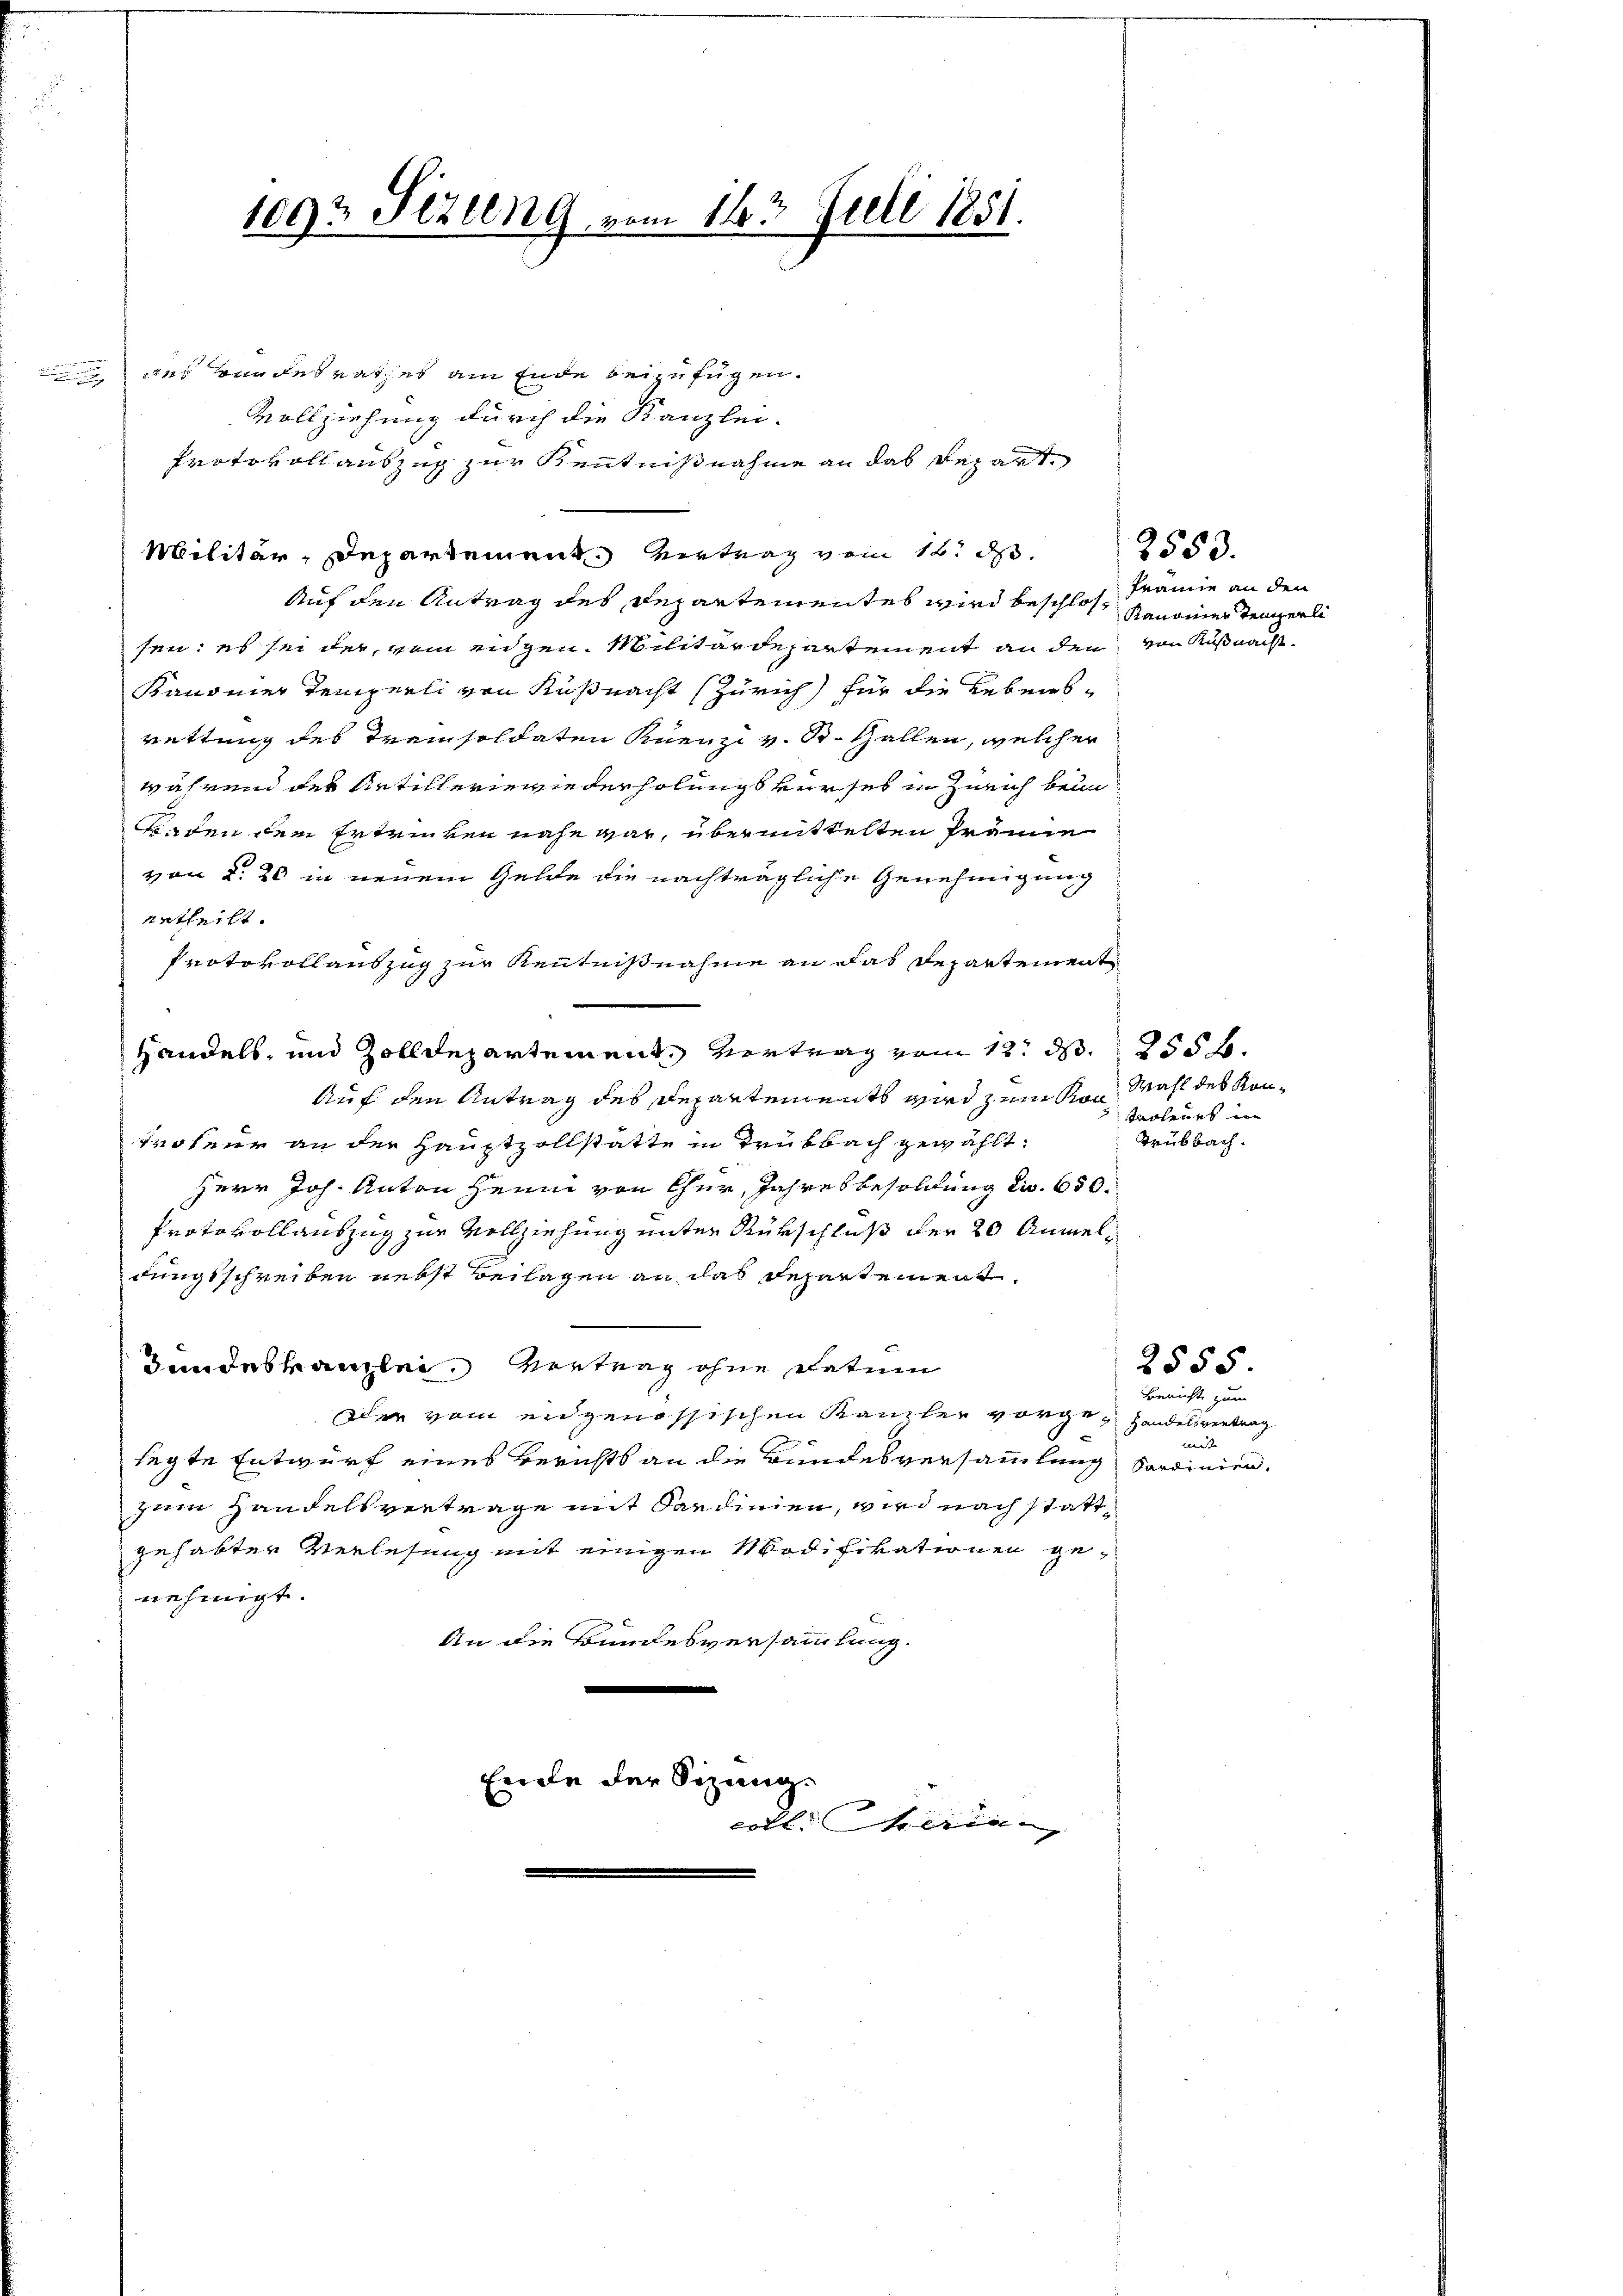
1093 Pizleng, vom 14t Juli 1851.

des Bundesrathes am Ende beizufügen.
Vollziehung durch die Kanzlei-
Protokoll auszug zur Kenntnißnahme an das Repart
Militär-Departement vertrag vom 16. ds.
Auf den Antrag des Departementes wird beschlossen: es sei der, vom eidgen. Militärdepartement an den von Küßnacht.
Kanoner Temperli von Küßnacht (Zürich) für die Lebensrettung des Trainsoldaten Kuenzi v. St. Gallen, welcher
während des Artillerie wiederholungs verses in Zürich beim
Baaden dem Ertrinken nahe war, übermittelten Prämie
von §. 20 in neuem Gelde die nachträgliche Genehmigung
Urtheilt.
Protokoll auszug zur Kenntnißnahme an das Departement
Handels, und Zolldepartement vertrag vom 12. d. 2556.
Auf den Antrag des Departements wird zum von Wahl des Kon¬
Troteur an der Hauptzollstatte in Trubbach gewählt:
Herr Joh. Anton Heim von Cher, Jahresbesoldung dir. 650.
Protokollauszug zur Vollziehung unter Rükschluß der 20 Anmeldungsschreiben nebst Beilagen an das Departement
Bundeskanzlei Vertrag ohne Datum
oder vom eidgenössischen Kanzler vorge- Handelsvertrag
legte Entwurf eines Berichts an die Bundesversammlung Sardinien,
zum Handelsvertrage mit Sardinien, wird nach stattgehabter Verlesung mit einigen Modifikationen genehmigt.
An die Bundesversammlung.
.
Ende der Sizung.
erll. Sein |

Framie an den
Kanonier Temperli

2553.

troleurs in
Trübbach.

Bericht zum
wen

2555